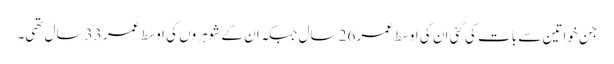
جن خواتین سے بات کی گئی ان کی اوسط عمر 26 سال جبکہ ان کے شوہروں کی اوسط عمر 33 سال تھی۔